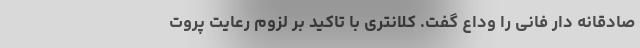
صادقانه دار فانی را وداع گفت. کلانتری با تاکید بر لزوم رعایت پروت